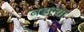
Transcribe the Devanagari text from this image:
बडल्या